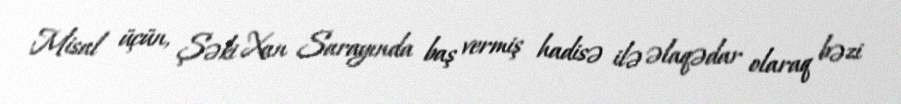
Misal üçün, Şəki Xan Sarayında baş vermiş hadisə ilə əlaqədar olaraq bəzi